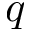
q